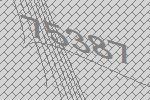
75387